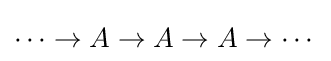
\cdots \rightarrow A\rightarrow A\rightarrow A\rightarrow \cdots